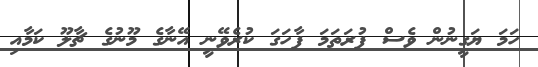
ހަމަ ޔަގީނުން ވެސް ފުރަތަމަ ފާހަގަ ކުރެވޭނީ އޭނާގެ މޫނުގެ ޗާލޫ ކަމާއި